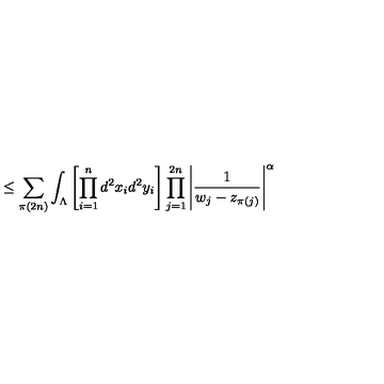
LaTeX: \leq \sum _ { \pi ( 2 n ) } \int _ { \Lambda } \left[ \prod _ { i = 1 } ^ { n } d ^ { 2 } x _ { i } d ^ { 2 } y _ { i } \right] \prod _ { j = 1 } ^ { 2 n } \Bigg | \frac { 1 } { w _ { j } - z _ { \pi ( j ) } } \Bigg | ^ { \alpha }